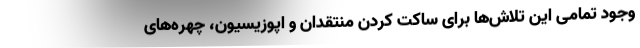
وجود تمامی این تلاش‌ها برای ساکت کردن منتقدان و اپوزیسیون، چهره‌های